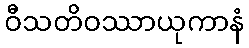
ဝီသတိဝဿာယုကာနံ